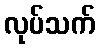
လုပ်သက်